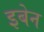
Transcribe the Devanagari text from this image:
इबेन